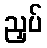
ညှပ်